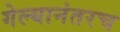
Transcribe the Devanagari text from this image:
गेल्यानंतरच